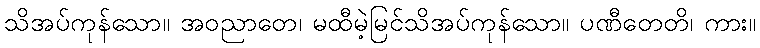
သိအပ်ကုန်သော။ အဝညာတေ၊ မထီမဲ့မြင်သိအပ်ကုန်သော။ ပဏီတေတိ၊ ကား။